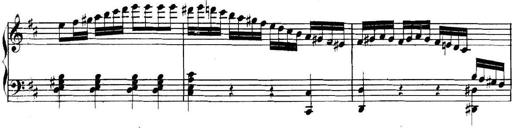
Title: Collected Piano Sonatas
Composer: Muzio Clementi